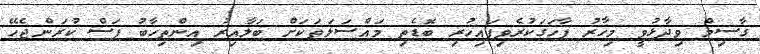
ގާސިމް ވިދާޅުވީ މިހާރު ފާހަގަކުރެވިފައިހުރި ބޮޑެތި މައްސަލަތަކަށް ބަލާއިރު އިންތިހާބު ފަސް ކުރަންޖެހޭ